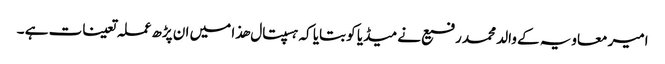
امیر معاویہ کے والد محمد رفیع نے میڈیا کو بتایا کہ ہسپتال ھذا میں ان پڑھ عملہ تعینات ہے ۔